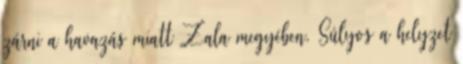
zárni a havazás miatt Zala megyében. Súlyos a helyzet